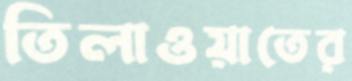
তিলাওয়াতের